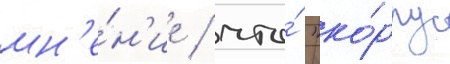
мн'е́н'ие / что́ "ко́рпус